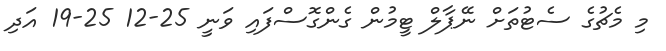
މި މެޗުގެ ސެޓުތަށް ނޭޕާލް ޓީމުން ގެންގޮސްފައި ވަނީ 25-12 25-19 އަދި